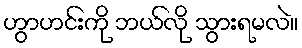
ဟွာဟင်းကို ဘယ်လို သွားရမလဲ။